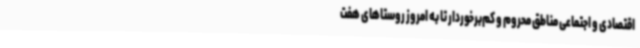
اقتصادی و اجتماعی مناطق محروم و کم‌برخوردار تا به امروز روستاهای هفت